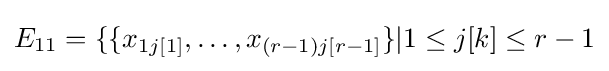
E_{11}=\{\{x_{1j[1]},\ldots ,x_{(r-1)j[r-1]}\}|1\leq j[k]\leq r-1